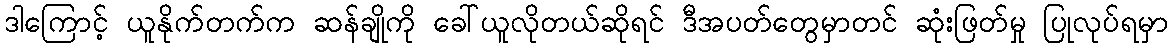
ဒါကြောင့် ယူနိုက်တက်က ဆန်ချိုကို ခေါ်ယူလိုတယ်ဆိုရင် ဒီအပတ်တွေမှာတင် ဆုံးဖြတ်မှု ပြုလုပ်ရမှာ